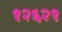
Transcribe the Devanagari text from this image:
१२६२१